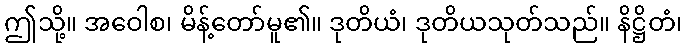
ဤသို့။ အဝေါစ၊ မိန့်တော်မူ၏။ ဒုတိယံ၊ ဒုတိယသုတ်သည်။ နိဋ္ဌိတံ၊